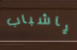
ياشباب